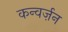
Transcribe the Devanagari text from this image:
कन्वर्ज़न